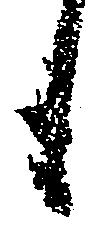
も